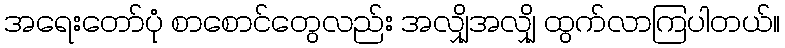
အရေးတော်ပုံ စာစောင်တွေလည်း အလျှိုအလျှို ထွက်လာကြပါတယ်။